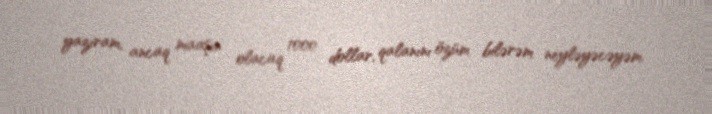
yazıram, ancaq maaşın olacaq 1000 dollar, qalanını özüm bilərəm neyləyəcəyəm.